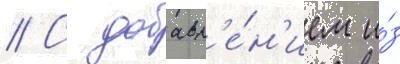
// С добавл'е́н'ием и́з